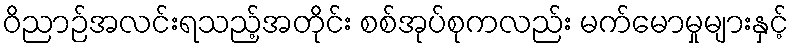
ဝိညာဉ်အလင်းရသည့်အတိုင်း စစ်အုပ်စုကလည်း မက်မောမှုများနှင့်